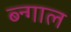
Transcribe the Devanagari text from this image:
ब्न्गाल